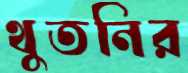
থুতনির